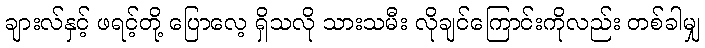
ချားလ်နှင့် ဖရင့်တို့ ပြောလေ့ ရှိသလို သားသမီး လိုချင်ကြောင်းကိုလည်း တစ်ခါမျှ